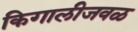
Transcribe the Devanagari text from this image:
किगालीजवळ